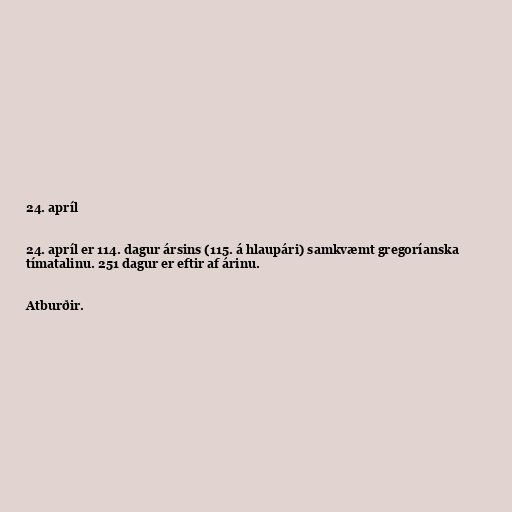
24. apríl

24. apríl er 114. dagur ársins (115. á hlaupári) samkvæmt gregoríanska
tímatalinu. 251 dagur er eftir af árinu.

Atburðir.